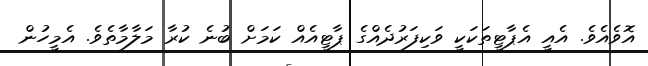
އޮވެއެވެ. އެއީ އެޕާޓީތަކަކީ ވަކިފަރުދެއްގެ ޕާޓީއެއް ކަމަށް ބުނެ ކުރާ މަލާމާތެވެ. އެމީހުން